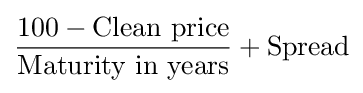
{\frac {100-{\text{Clean price}}}{\text{Maturity in years}}}+{\text{Spread}}